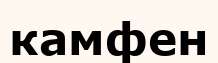
камфен